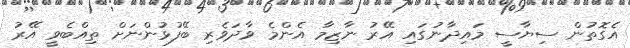
އެގޮތުން ސިޔާސީ މައިދާނުގައި އޭރު ނާޒިމާ އެންމެ ވާދަވެރި ބޭފުޅުންނަށް ތިއްބެވީ އޭރު